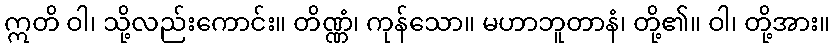
ဣတိ ဝါ၊ သို့လည်းကောင်း။ တိဏ္ဏံ၊ ကုန်သော။ မဟာဘူတာနံ၊ တို့၏။ ဝါ၊ တို့အား။